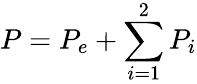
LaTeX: P=P_{e}+\sum_{i=1}^{2}P_{i}